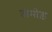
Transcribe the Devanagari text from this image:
तोमोड़